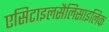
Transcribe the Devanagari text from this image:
एसिटाइलसैलिसाइलिक